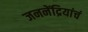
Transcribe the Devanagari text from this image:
जननेंद्रियांचं